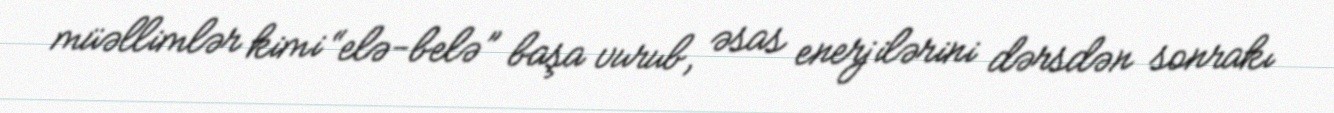
müəllimlər kimi “elə-belə” başa vurub, əsas enerjilərini dərsdən sonrakı